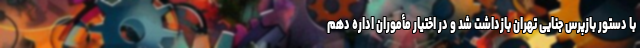
با دستور بازپرس جنایی تهران بازداشت شد و در اختیار مأموران اداره دهم